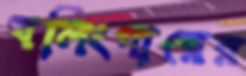
বলিংগারের